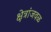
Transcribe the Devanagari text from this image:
क्षेत्रांजवळ